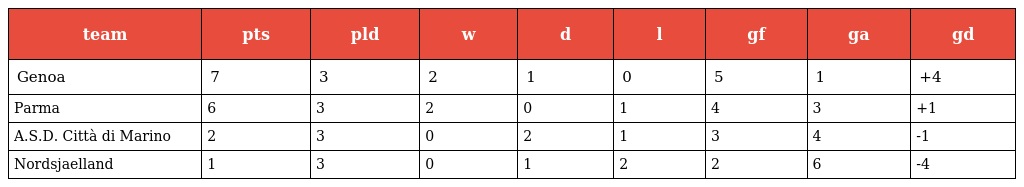
| team | pts | pld | w | d | l | gf | ga | gd |
 | --- | --- | --- | --- | --- | --- | --- | --- | --- |
 | Genoa | 7 | 3 | 2 | 1 | 0 | 5 | 1 | +4 |
 | Parma | 6 | 3 | 2 | 0 | 1 | 4 | 3 | +1 |
 | A.S.D. Città di Marino | 2 | 3 | 0 | 2 | 1 | 3 | 4 | -1 |
 | Nordsjaelland | 1 | 3 | 0 | 1 | 2 | 2 | 6 | -4 |